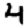
Digit: 4